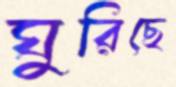
ঘুরিছে